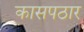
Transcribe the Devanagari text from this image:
कासपठार